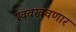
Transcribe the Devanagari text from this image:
खवखवणार